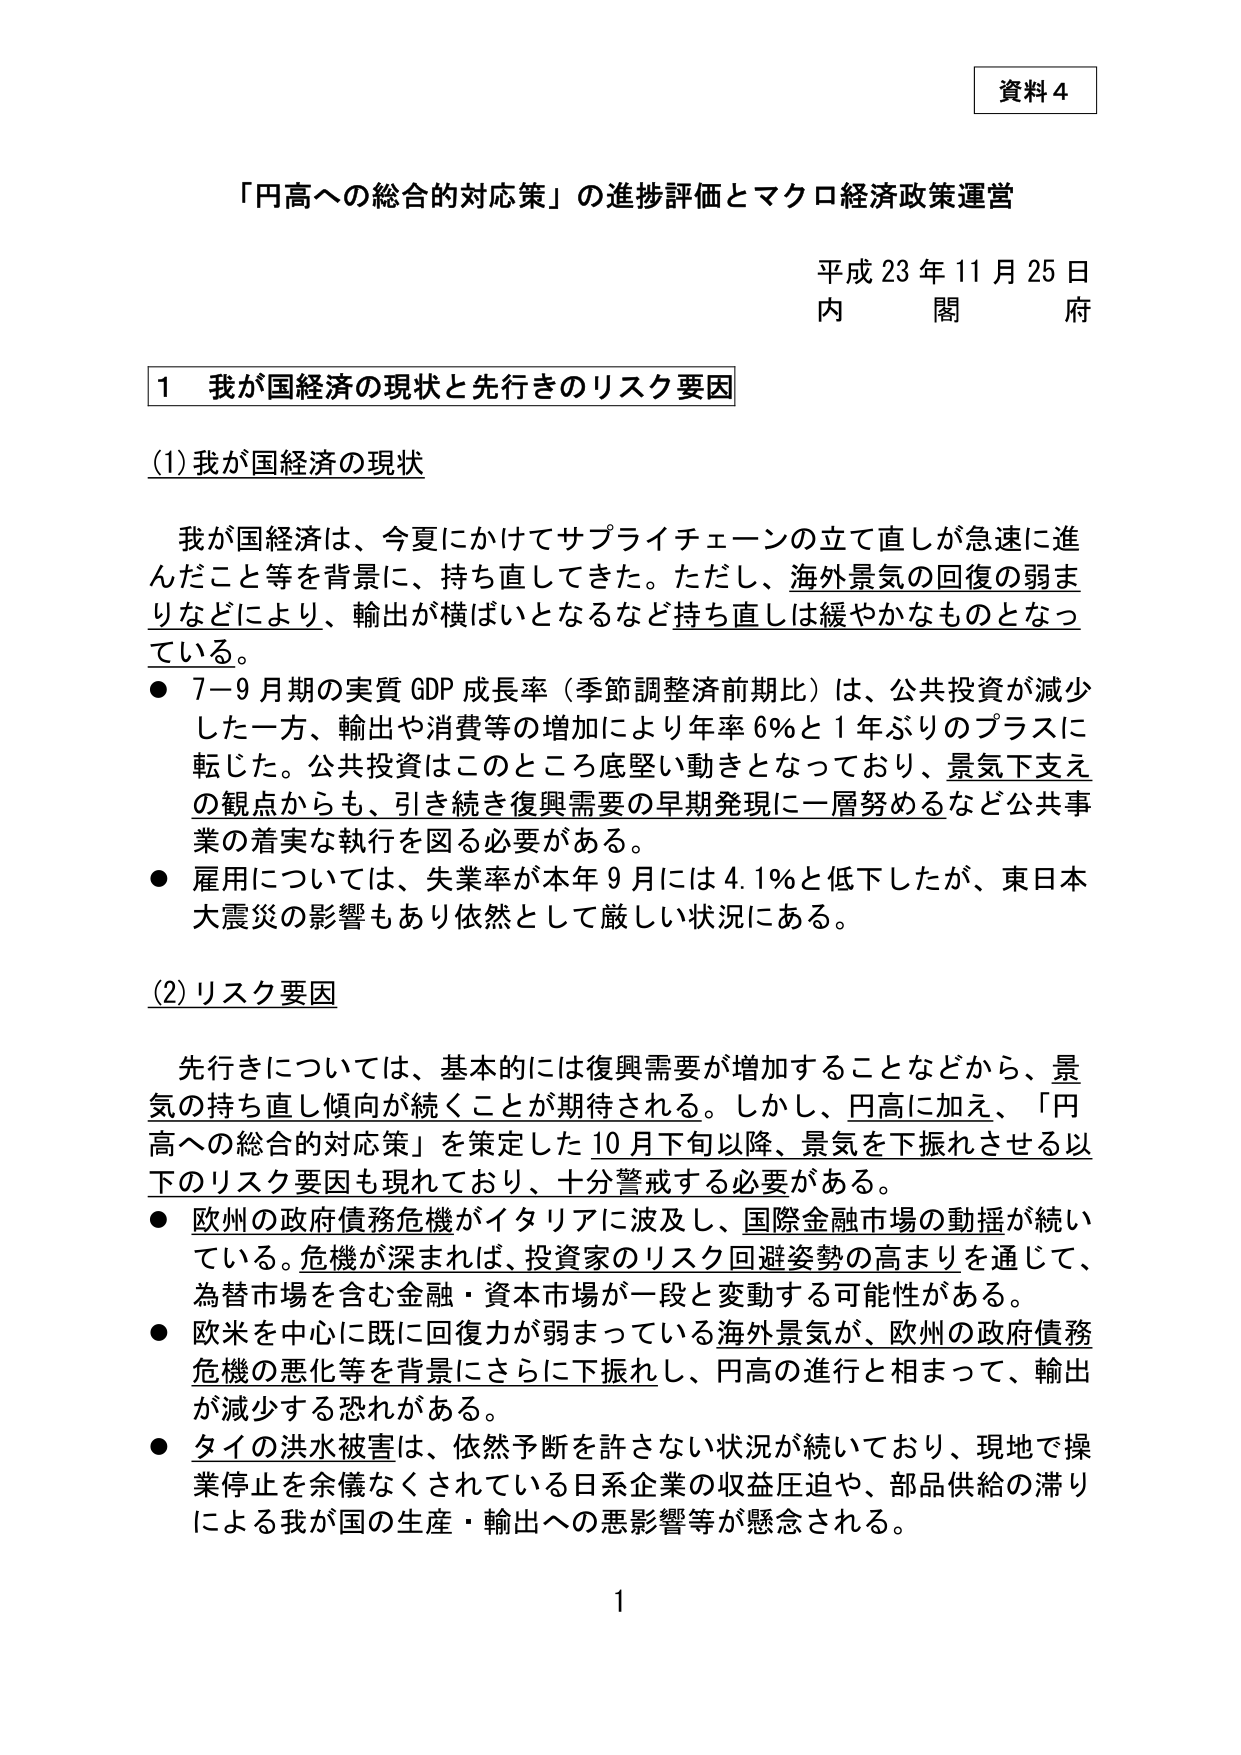
資料４

「円高への総合的対応策」の進捗評価とマクロ経済政策運営

平成23年11月25日
内　閣　府

１　我が国経済の現状と先行きのリスク要因

(1) 我が国経済の現状

我が国経済は、今夏にかけてサプライチェーンの立て直しが急速に進んだこと等を背景に、持ち直してきた。ただし、海外景気の回復の弱まりなどにより、輸出が横ばいとなるなど持ち直しは緩やかなものとなっている。

● 7～9月期の実質GDP成長率（季節調整済前期比）は、公共投資が減少した一方、輸出や消費等の増加により年率6％と1年ぶりのプラスに転じた。公共投資はこのところ底堅い動きとなっており、景気下支えの観点からも、引き続き復興需要の早期発現に一層努めるなど公共事業の着実な執行を図る必要がある。

● 雇用については、失業率が本年9月には4.1％と低下したが、東日本大震災の影響もあり依然として厳しい状況にある。

(2) リスク要因

先行きについては、基本的には復興需要が増加することなどから、景気の持ち直し傾向が続くことが期待される。しかし、円高に加え、「円高への総合的対応策」を策定した10月下旬以降、景気を下振れさせる以下のリスク要因も現れており、十分警戒する必要がある。

● 欧州の政府債務危機がイタリアに波及し、国際金融市場の動揺が続いている。危機が深まれば、投資家のリスク回避姿勢の高まりを通じて、為替市場を含む金融・資本市場が一段と変動する可能性がある。

● 欧米を中心に既に回復力が弱まっている海外景気が、欧州の政府債務危機の悪化等を背景にさらに下振れし、円高の進行と相まって、輸出が減少する恐れがある。

● タイの洪水被害は、依然予断を許さない状況が続いており、現地で操業停止を余儀なくされている日系企業の収益圧迫や、部品供給の滞りによる我が国の生産・輸出への悪影響等が懸念される。

1